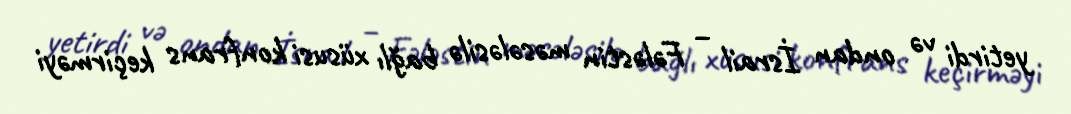
yetirdi və ondan İsrail – Fələstin məsələsilə bağlı xüsusi konfrans keçirməyi